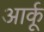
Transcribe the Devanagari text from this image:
आर्कू